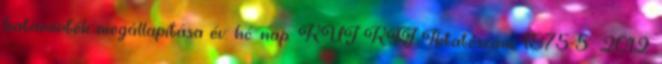
határérték megállapítása év: hó: nap: KÜJ KTJ Iktatószám: 1875-5 2012.